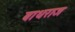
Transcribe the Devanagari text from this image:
बाधराज